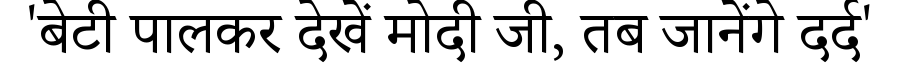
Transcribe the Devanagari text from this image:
'बेटी पालकर देखें मोदी जी, तब जानेंगे दर्द'